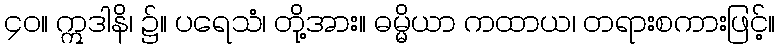
၄၀။ ဣဒါနိ၊ ၌။ ပရေသံ၊ တို့အား။ ဓမ္မိယာ ကထာယ၊ တရားစကားဖြင့်။